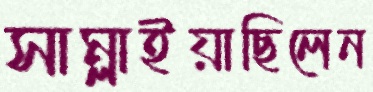
সাম্‌লাইয়াছিলেন